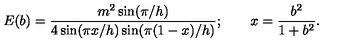
E ( b ) = \frac { m ^ { 2 } \sin ( \pi / h ) } { 4 \sin ( \pi x / h ) \sin ( \pi ( 1 - x ) / h ) } ; \qquad x = \frac { b ^ { 2 } } { 1 + b ^ { 2 } } .